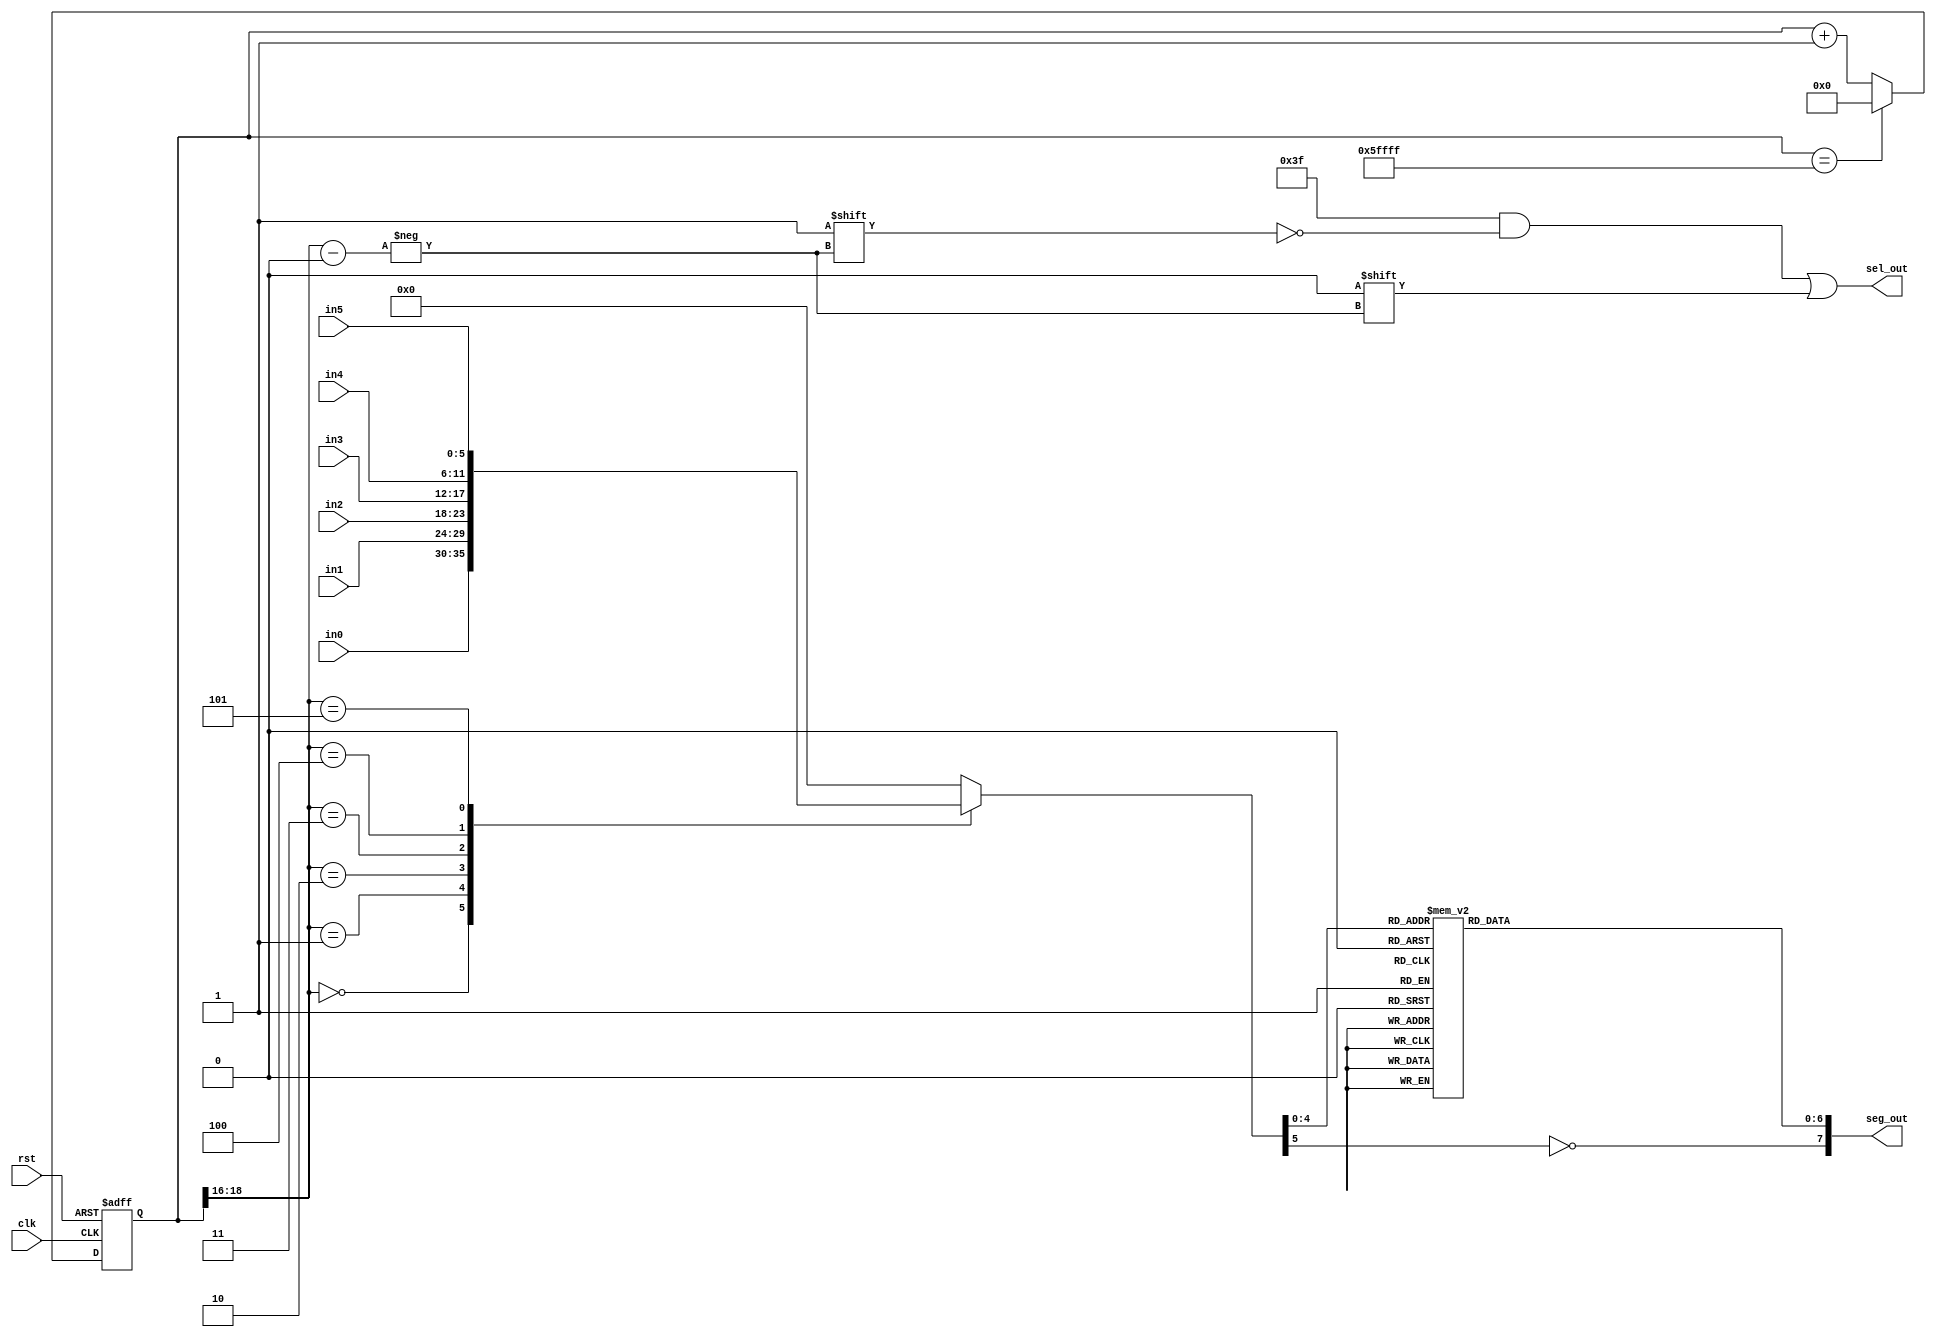
`timescale 1ns / 1ps

module LED_mux
	#(parameter N=19) //last 3 bits will be used as output. Frequency=50MHz/(2^(N-3)). So N=19 will have 763Hz
	(
	input clk,rst,
	input[5:0] in0,in1,in2,in3,in4,in5, //format: {dp,char[4:0]} , dp is active high
	output reg[7:0] seg_out,
	output reg[5:0] sel_out
    );
	 
	 reg[N-1:0] r_reg=0;
	 reg[5:0] hex_out=0;
	 wire[N-1:0] r_nxt;
	 wire[2:0] out_counter; //last 3 bits to be used as output signal
	 
	 
	 //N-bit counter
	 always @(posedge clk,negedge rst)
	 if(!rst) r_reg<=0;
	 else r_reg<=r_nxt;
	 
	 assign r_nxt=(r_reg=={3'd5,{(N-3){1'b1}}})?19'd0:r_reg+1'b1; //last 3 bits counts from 0 to 5(6 turns) then wraps around
	 assign out_counter=r_reg[N-1:N-3];
	 
	 
	 //sel_out output logic
	 always @(out_counter) begin
		 sel_out=6'b111_111;    //active low
		 sel_out[out_counter]=1'b0;
	 end
	  
	 //hex_out output logic
	 always @* begin
		 hex_out=0;
			 casez(out_counter)
			 3'b000: hex_out=in0;
			 3'b001: hex_out=in1;
			 3'b010: hex_out=in2;
			 3'b011: hex_out=in3;
			 3'b100: hex_out=in4;
			 3'b101: hex_out=in5;
			 endcase
	 end
	 	 
	 //hex-to-seg decoder
	 always @* begin
		 seg_out=0;
			 case(hex_out[4:0])
			 5'd0: seg_out[6:0]=7'b0000_001;
			 5'd1: seg_out[6:0]=7'b1001_111;
			 5'd2: seg_out[6:0]=7'b0010_010;
			 5'd3: seg_out[6:0]=7'b0000_110;
			 5'd4: seg_out[6:0]=7'b1001_100;
			 5'd5: seg_out[6:0]=7'b0100_100;
			 5'd6: seg_out[6:0]=7'b0100_000;
			 5'd7: seg_out[6:0]=7'b0001_111;
			 5'd8: seg_out[6:0]=7'b0000_000;
			 5'd9: seg_out[6:0]=7'b0001_100;
	  /*A*/5'd10: seg_out[6:0]=7'b0001_000; 
	  /*b*/5'd11: seg_out[6:0]=7'b1100_000;
	  /*C*/5'd12: seg_out[6:0]=7'b0110_001;
	  /*d*/5'd13: seg_out[6:0]=7'b1000_010;
	  /*E*/5'd14: seg_out[6:0]=7'b0110_000;
	  /*F*/5'd15: seg_out[6:0]=7'b0111_000;
	  /*G*/5'd16: seg_out[6:0]=7'b0100_000;
	  /*H*/5'd17: seg_out[6:0]=7'b1001_000;
	  /*I*/5'd18: seg_out[6:0]=7'b1111_001;
	  /*J*/5'd19: seg_out[6:0]=7'b1000_011;
	  /*L*/5'd20: seg_out[6:0]=7'b1110_001;
	  /*N*/5'd21: seg_out[6:0]=7'b0001_001;
	  /*O*/5'd22: seg_out[6:0]=7'b0000_001;
	  /*P*/5'd23: seg_out[6:0]=7'b0011_000; 
	  /*R*/5'd24: seg_out[6:0]=7'b0001_000;
	  /*S*/5'd25: seg_out[6:0]=7'b0100_100;
	  /*U*/5'd26: seg_out[6:0]=7'b1000_001;
	  /*y*/5'd27: seg_out[6:0]=7'b1000_100;
	  /*Z*/5'd28: seg_out[6:0]=7'b0010_010; 
	/*OFF*/5'd29: seg_out[6:0]=7'b1111_111; //decimal 30 to 31 will be alloted for future use
	  /*Z*/5'd30: seg_out[6:0]=7'b1111_110; 

			 endcase
		 seg_out[7]=!hex_out[5]; //active high decimal
	 end

endmodule